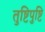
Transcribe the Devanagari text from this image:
तुष्टिपुष्टि